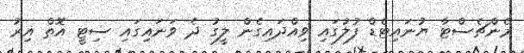
މެންޗެސްޓާ ޔުނައިޓެޑް ފުލުގައި ވިއްދައިގެން ލީގު ދެ ވަނައިގައި ސިޓީ އޮތް އިރު